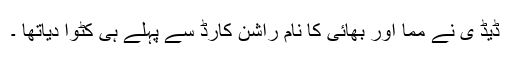
ڈیڈ ی نے مما اور بھائی کا نام راشن کارڈ سے پہلے ہی کٹوا دیاتھا ۔